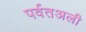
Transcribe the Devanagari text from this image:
पर्वतअली